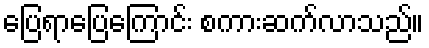
ပြေရာပြေကြောင်း စကားဆက်လာသည်။